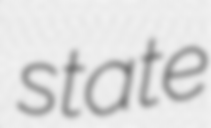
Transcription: state